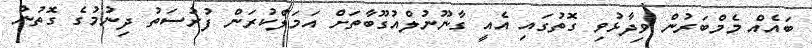
ބައެއް މެމްބަރުން ވިދާޅުވި ގޮތުގައި އެއީ ގާނޫނުލްއުގޫބާތަށް އަމަލްކުރަން ފުރުސަތު ދިނުމުގެ ގޮތުން